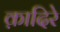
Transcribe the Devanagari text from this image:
क़ादिरे